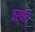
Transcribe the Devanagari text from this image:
वर्षात्